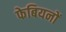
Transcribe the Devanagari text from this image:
फेबियनों